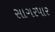
સાગરપાર